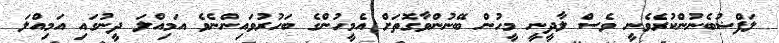
ލަފްޟުބެނުންކުރެވެނީ ވެސް ލާދީނީ މީހުން ބޭނުންވާގޮތަށް އެމީހުންގެ ބަހުރުވައިންނެވެ އަމިއްލަ ދީނުގައި އަމިއްލަ